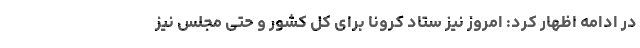
در ادامه اظهار کرد: امروز نیز ستاد کرونا برای کل کشور و حتی مجلس نیز